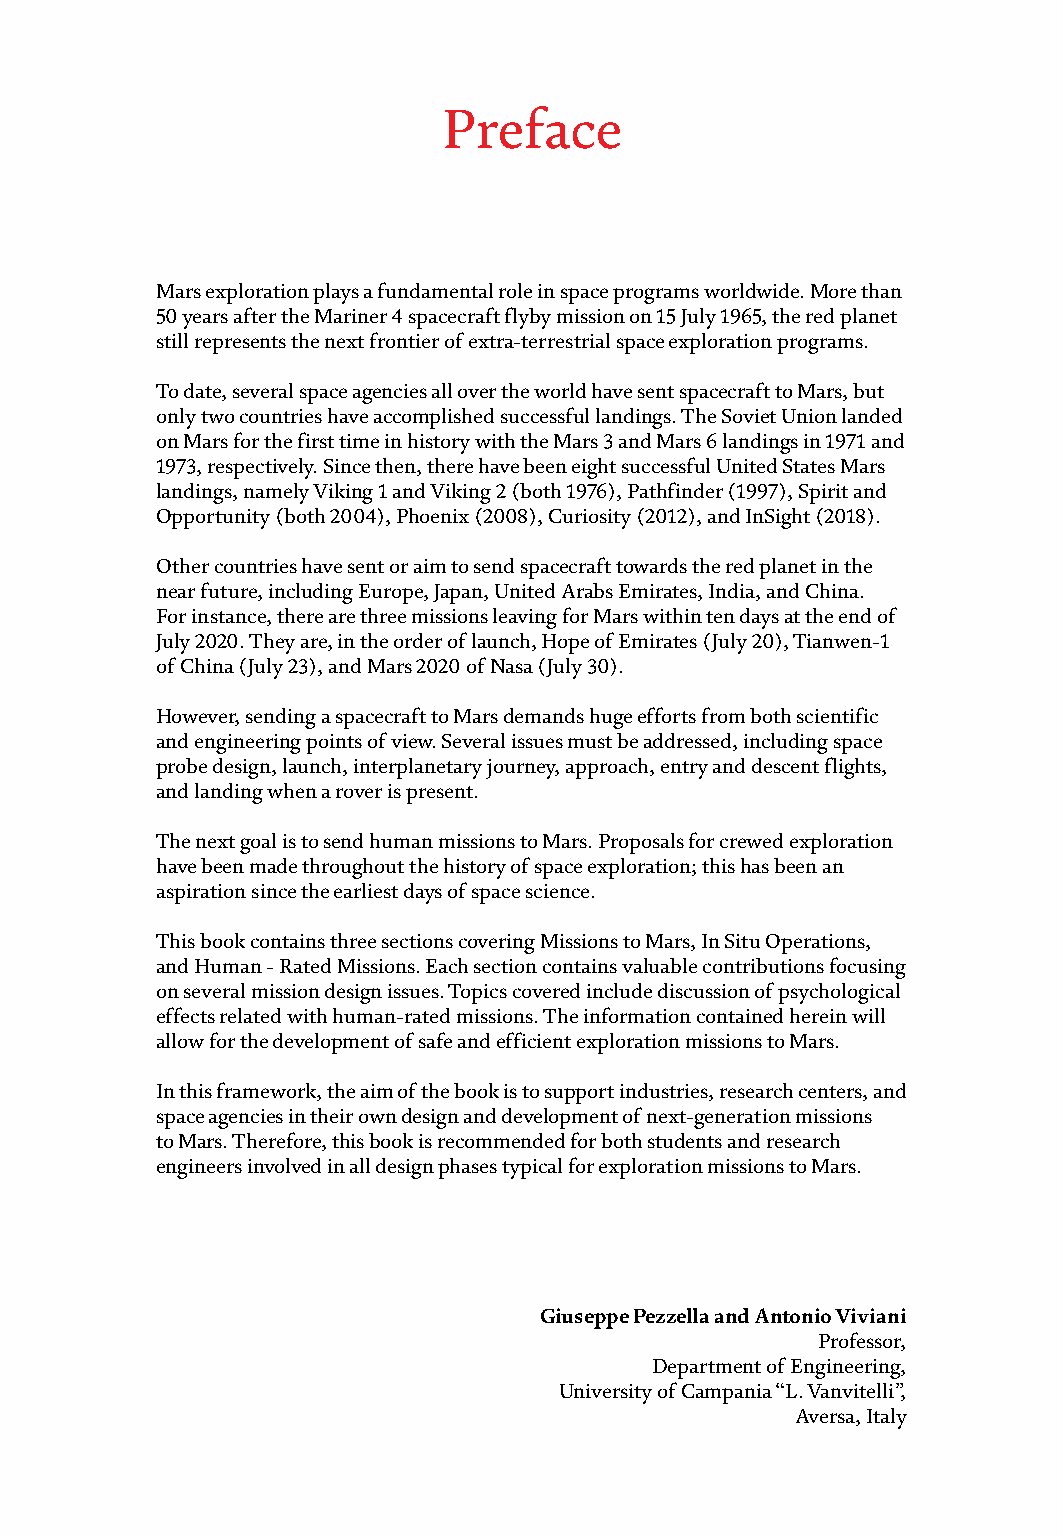
Preface
 Chapter 8 127
 Psychosocial Aspects of a Flight to Mars
 by Radvan Bahbouh
 Chapter 9 143
 Astrosociology on Mars
 by Jim Pass
 Mars exploration plays a fundamental role in space programs worldwide. More than
 50 years after the Mariner 4 spacecraft flyby mission on 15 July 1965, the red planet
 still represents the next frontier of extra-terrestrial space exploration programs.
 To date, several space agencies all over the world have sent spacecraft to Mars, but
 only two countries have accomplished successful landings. The Soviet Union landed
 on Mars for the first time in history with the Mars 3 and Mars 6 landings in 1971 and
 1973, respectively. Since then, there have been eight successful United States Mars
 landings, namely Viking 1 and Viking 2 (both 1976), Pathfinder (1997), Spirit and
 Opportunity (both 2004), Phoenix (2008), Curiosity (2012), and InSight (2018).
 Other countries have sent or aim to send spacecraft towards the red planet in the
 near future, including Europe, Japan, United Arabs Emirates, India, and China.
 For instance, there are three missions leaving for Mars within ten days at the end of
 July 2020. They are, in the order of launch, Hope of Emirates (July 20), Tianwen-1
 of China (July 23), and Mars 2020 of Nasa (July 30).
 However, sending a spacecraft to Mars demands huge efforts from both scientific
 and engineering points of view. Several issues must be addressed, including space
 probe design, launch, interplanetary journey, approach, entry and descent flights,
 and landing when a rover is present.
 The next goal is to send human missions to Mars. Proposals for crewed exploration
 have been made throughout the history of space exploration; this has been an
 aspiration since the earliest days of space science.
 This book contains three sections covering Missions to Mars, In Situ Operations,
 and Human - Rated Missions. Each section contains valuable contributions focusing
 on several mission design issues. Topics covered include discussion of psychological
 effects related with human-rated missions. The information contained herein will
 allow for the development of safe and efficient exploration missions to Mars.
 In this framework, the aim of the book is to support industries, research centers, and
 space agencies in their own design and development of next-generation missions
 to Mars. Therefore, this book is recommended for both students and research
 engineers involved in all design phases typical for exploration missions to Mars.
 Giuseppe Pezzella and Antonio Viviani
 Professor,
 Department of Engineering,
 University of Campania “L. Vanvitelli”,
 Aversa, Italy
 II